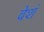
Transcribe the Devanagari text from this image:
वेशं